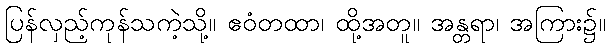
ပြန်လှည့်ကုန်သကဲ့သို့။ ဧဝံတထာ၊ ထို့အတူ။ အန္တရာ၊ အကြား၌။